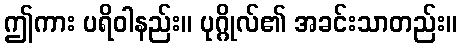
ဤကား ပရိဝါနည်း။ ပုဂ္ဂိုလ်၏ အခင်းသာတည်း။